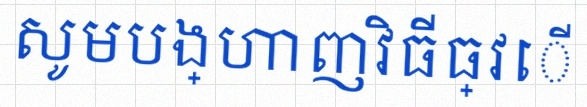
សូមបង្ហាញវិធីធ្វើ